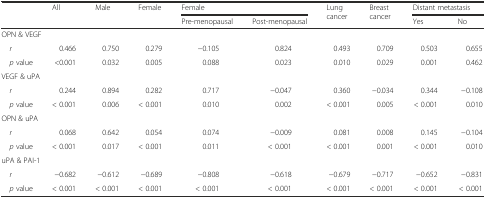
<table><thead><tr><td rowspan="2"></td><td rowspan="2"><b>All</b></td><td rowspan="2"><b>Male</b></td><td rowspan="2"><b>Female</b></td><td colspan="2"><b>Female</b></td><td rowspan="2"><b>Lung cancer</b></td><td rowspan="2"><b>Breast cancer</b></td><td colspan="2"><b>Distant metastasis</b></td></tr><tr><td><b>Pre-menopausal</b></td><td><b>Post-menopausal</b></td><td><b>Yes</b></td><td><b>No</b></td></tr></thead><tbody><tr><td colspan="10">OPN &amp; VEGF</td></tr><tr><td> <i>r</i></td><td>0.466</td><td>0.750</td><td>0.279</td><td>−0.105</td><td>0.824</td><td>0.493</td><td>0.709</td><td>0.503</td><td>0.655</td></tr><tr><td> <i>p</i> value</td><td>&lt;0.001</td><td>0.032</td><td>0.005</td><td>0.088</td><td>0.023</td><td>0.010</td><td>0.029</td><td>0.001</td><td>0.462</td></tr><tr><td colspan="10">VEGF &amp; uPA</td></tr><tr><td> <i>r</i></td><td>0.244</td><td>0.894</td><td>0.282</td><td>0.717</td><td>−0.047</td><td>0.360</td><td>−0.034</td><td>0.344</td><td>−0.108</td></tr><tr><td> <i>p</i> value</td><td>&lt; 0.001</td><td>0.006</td><td>&lt; 0.001</td><td>0.010</td><td>0.002</td><td>&lt; 0.001</td><td>0.005</td><td>&lt; 0.001</td><td>0.010</td></tr><tr><td colspan="10">OPN &amp; uPA</td></tr><tr><td> <i>r</i></td><td>0.068</td><td>0.642</td><td>0.054</td><td>0.074</td><td>−0.009</td><td>0.081</td><td>0.008</td><td>0.145</td><td>−0.104</td></tr><tr><td> <i>p</i> value</td><td>&lt; 0.001</td><td>0.017</td><td>&lt; 0.001</td><td>0.011</td><td>&lt; 0.001</td><td>&lt; 0.001</td><td>0.001</td><td>&lt; 0.001</td><td>0.010</td></tr><tr><td colspan="10">uPA &amp; PAI-1</td></tr><tr><td> <i>r</i></td><td>−0.682</td><td>−0.612</td><td>−0.689</td><td>−0.808</td><td>−0.618</td><td>−0.679</td><td>−0.717</td><td>−0.652</td><td>−0.831</td></tr><tr><td> <i>p</i> value</td><td>&lt; 0.001</td><td>&lt; 0.001</td><td>&lt; 0.001</td><td>&lt; 0.001</td><td>&lt; 0.001</td><td>&lt; 0.001</td><td>&lt; 0.001</td><td>&lt; 0.001</td><td>&lt; 0.001</td></tr></tbody></table>